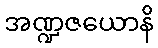
အဏ္ဍဇယောနိ